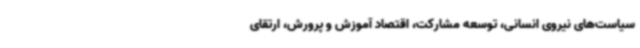
سیاست‌های نیروی انسانی، توسعه مشارکت، اقتصاد آموزش و پرورش، ارتقای